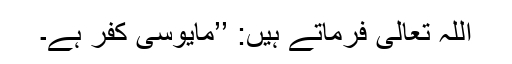
اللہ تعالیٰ فرماتے ہیں: ’’مایوسی کفر ہے۔